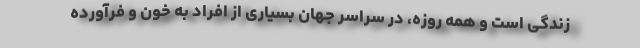
زندگی است و همه روزه، در سراسر جهان بسیاری از افراد به خون و فرآورده